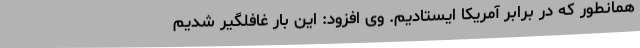
همانطور که در برابر آمریکا ایستادیم. وی افزود: این بار غافلگیر شدیم